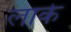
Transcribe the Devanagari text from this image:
लाके